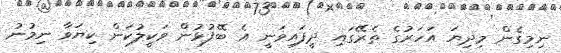
ނިމިގެން މިދިޔަ އަހަރުގެ ތެރޭގައި ދީފައިވަނީ އެ ބޭފުޅުން ވަކީލުކަން ކިޔަވާ ނިމުނު